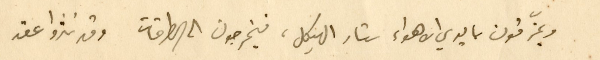
ويمزّقون بايدي الاهواء ستار الهيكل، فيخرجون الى الطرقات وقد نثروا عقد